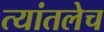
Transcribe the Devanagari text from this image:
त्यांतलेच